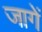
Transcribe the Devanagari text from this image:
जागें